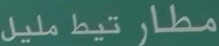
مطار تيط مليل